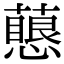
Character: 𧁊